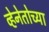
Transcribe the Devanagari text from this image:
व्हेनेतोच्या